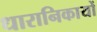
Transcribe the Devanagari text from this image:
धारानिकायों